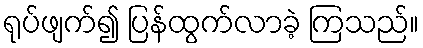
ရုပ်ဖျက်၍ ပြန်ထွက်လာခဲ့ ကြသည်။